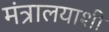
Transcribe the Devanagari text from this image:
मंत्रालयाशी